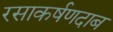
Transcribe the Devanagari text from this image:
रसाकर्षणदाब